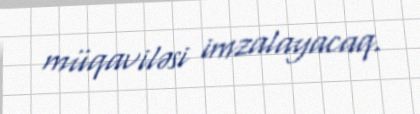
müqaviləsi imzalayacaq.